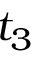
t _ { 3 }